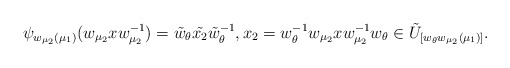
\begin{align*} \psi_{w_{\mu_2}(\mu_1)}(w_{\mu_2}xw_{\mu_2}^{-1})=\tilde{w}_\theta\tilde{x_2}\tilde{w}_\theta^{-1},x_2=w_\theta^{-1} w_{\mu_2}xw_{\mu_2}^{-1}w_\theta \in \tilde{U}_{[w_\theta w_{\mu_2}(\mu_1)]}.\end{align*}